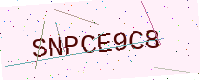
Text: SNPCE9C8